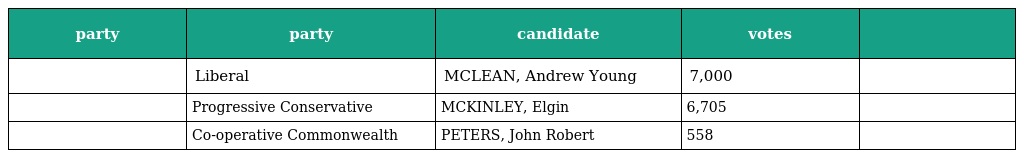
| party | party | candidate | votes |  |
 | --- | --- | --- | --- | --- |
 |  | Liberal | MCLEAN, Andrew Young | 7,000 |  |
 |  | Progressive Conservative | MCKINLEY, Elgin | 6,705 |  |
 |  | Co-operative Commonwealth | PETERS, John Robert | 558 |  |